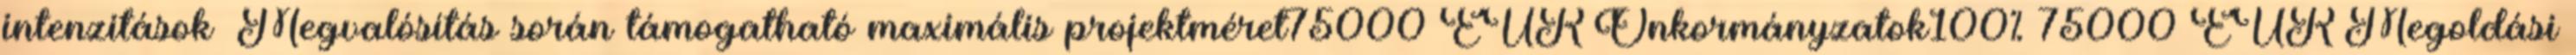
intenzitások ▪Megvalósítás során támogatható maximális projektméret75000 EUR▪Önkormányzatok100% 75000 EUR▪Megoldási